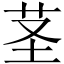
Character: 茎